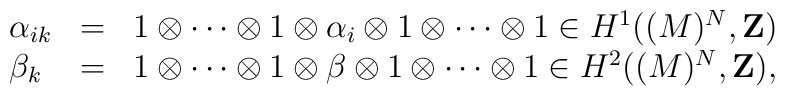
\begin{array}{lll}\alpha_{ik} & = & 1\otimes \cdots \otimes 1\otimes \alpha_{i} \otimes1 \otimes \cdots\otimes 1\in H^{1}((M)^{N},{\bf{Z}})   \\\beta_{k}  & = & 1\otimes \cdots \otimes 1\otimes \beta \otimes 1\otimes\cdots \otimes 1\in H^{2}((M)^{N},{\bf{Z}}),\end{array}